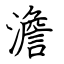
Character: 澹